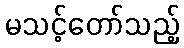
မသင့်တော်သည့်